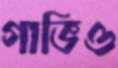
গাভিও